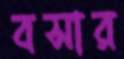
বসার